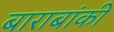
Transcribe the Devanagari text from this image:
बाराबांकी